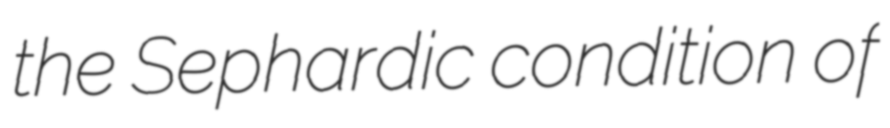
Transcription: the Sephardic condition of